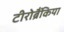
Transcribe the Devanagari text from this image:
टीरोब्रैंकिया